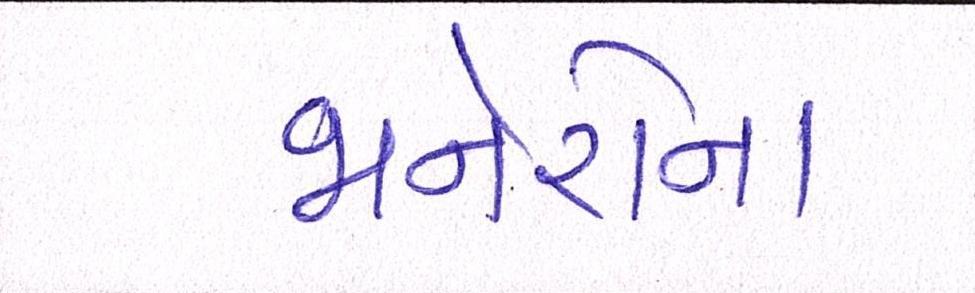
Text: જાનેરોના